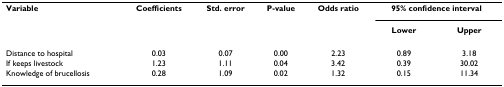
<table><thead><tr><td><b>Variable</b></td><td><b>Coefficients</b></td><td><b>Std. error</b></td><td><b>P-value</b></td><td><b>Odds ratio</b></td><td colspan="2"><b>95% confidence interval</b></td></tr><tr><td></td><td></td><td></td><td></td><td></td><td><b>Lower</b></td><td><b>Upper</b></td></tr></thead><tbody><tr><td>Distance to hospital</td><td>0.03</td><td>0.07</td><td>0.00</td><td>2.23</td><td>0.89</td><td>3.18</td></tr><tr><td>If keeps livestock</td><td>1.23</td><td>1.11</td><td>0.04</td><td>3.42</td><td>0.39</td><td>30.02</td></tr><tr><td>Knowledge of brucellosis</td><td>0.28</td><td>1.09</td><td>0.02</td><td>1.32</td><td>0.15</td><td>11.34</td></tr></tbody></table>